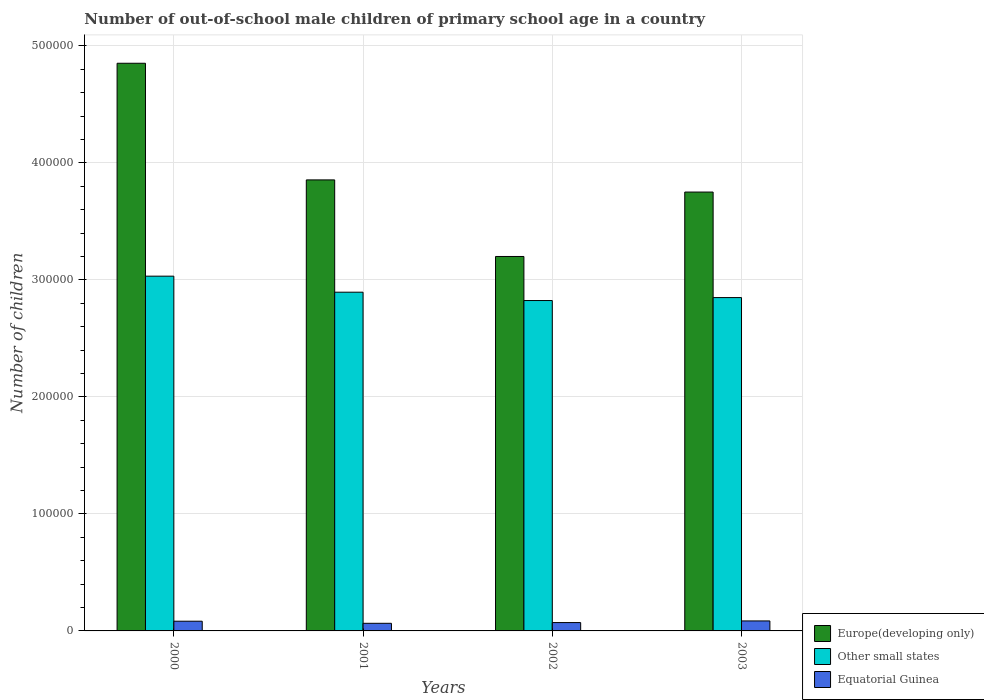
| Years | Europe(developing only) | Other small states | Equatorial Guinea |
 | --- | --- | --- | --- |
 | 2000 | 4.85e+05 | 3.03e+05 | 8.3e+03 |
 | 2001 | 3.85e+05 | 2.9e+05 | 6.50e+03 |
 | 2002 | 3.2e+05 | 2.82e+05 | 7.14e+03 |
 | 2003 | 3.75e+05 | 2.85e+05 | 8.54e+03 |